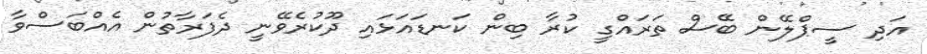
އަދި ސީޕްލޭން ބޭސް ތަރައްގީ ކުރާ ބިން ކަނޑައަޅައި ދޫކުރެވޭނީ ދެފަރާތުން އެއްބަސްވާ